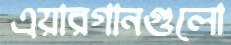
এয়ারগানগুলো